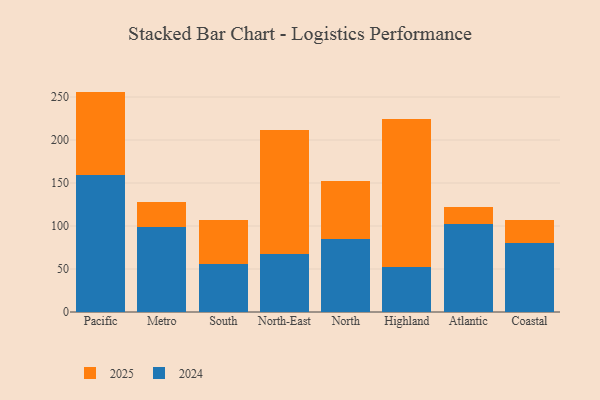
{"axis": {"x": "Region", "y": "LTV (USD)"}, "legend": ["2024", "2025"], "data": [{"x": "Pacific", "y": 97.2, "type": "2025"}, {"x": "Pacific", "y": 159.1, "type": "2024"}, {"x": "Metro", "y": 28.9, "type": "2025"}, {"x": "Metro", "y": 99.2, "type": "2024"}, {"x": "South", "y": 50.8, "type": "2025"}, {"x": "South", "y": 56.4, "type": "2024"}, {"x": "North-East", "y": 143.2, "type": "2025"}, {"x": "North-East", "y": 68.0, "type": "2024"}, {"x": "North", "y": 67.3, "type": "2025"}, {"x": "North", "y": 85.2, "type": "2024"}, {"x": "Highland", "y": 172.3, "type": "2025"}, {"x": "Highland", "y": 52.2, "type": "2024"}, {"x": "Atlantic", "y": 19.3, "type": "2025"}, {"x": "Atlantic", "y": 102.5, "type": "2024"}, {"x": "Coastal", "y": 26.2, "type": "2025"}, {"x": "Coastal", "y": 80.5, "type": "2024"}]}